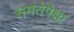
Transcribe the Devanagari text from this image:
समतेपेक्षा